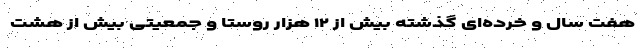
هفت سال و خرده‌ای گذشته بیش از ۱۲ هزار روستا و جمعیتی بیش از هشت